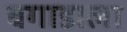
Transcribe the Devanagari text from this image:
बगाडाला